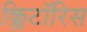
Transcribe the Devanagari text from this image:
क्लिटॉरिस